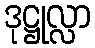
ဒုဋ္ဌုလ္လာ